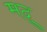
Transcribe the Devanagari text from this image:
मद्